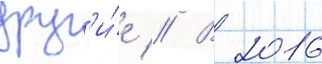
друг'и́е // В 2016